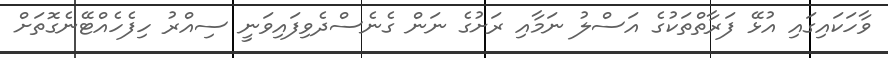
ވާހަކައިގައި އުޅޭ ފަރާތްތަކުގެ އަސްލު ނަމާއި ރަށުގެ ނަން ގެނެސްދެވިފައިވަނީ ސިއްރު ހިފެހެއްޓޭނެގޮތަށް